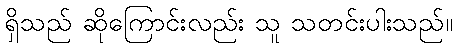
ရှိသည် ဆိုကြောင်းလည်း သူ သတင်းပါးသည်။